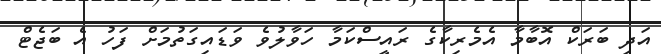
އަދި ބަރަކް އޮބާމާ އެމެރިކާގެ ރައީސްކަމާ ހަވާލުވެ ވަޑައިގަތުމަށް ފަހު އެ ބަޖެޓް